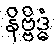
နိဗ္ဗိဒ္ဓံ